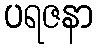
ပရဇနာ